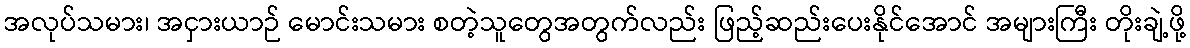
အလုပ်သမား၊ အငှားယာဉ် မောင်းသမား စတဲ့သူတွေအတွက်လည်း ဖြည့်ဆည်းပေးနိုင်အောင် အများကြီး တိုးချဲ့ဖို့